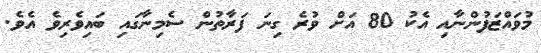
މުވައްޒަފުންނާއި އެކު 80 އަށް ވުރެ ގިނަ ފަރާތުން ސެމިނާގައި ބައިވެެރިވެ އެވެ.